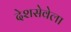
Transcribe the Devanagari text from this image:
देशसेवेला